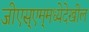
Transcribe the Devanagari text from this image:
जीएस्‌एम्‌मध्येदेखील